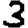
Digit: 3